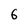
Character: 6